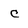
Character: c